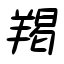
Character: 羯